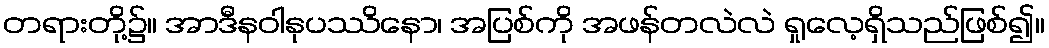
တရားတို့၌။ အာဒီနဝါနုပဿိနော၊ အပြစ်ကို အဖန်တလဲလဲ ရှုလေ့ရှိသည်ဖြစ်၍။